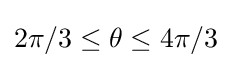
2\pi /3\leq \theta \leq 4\pi /3